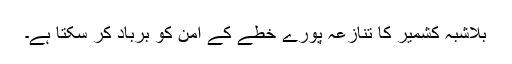
بلاشبہ کشمیر کا تنازعہ پورے خطے کے امن کو برباد کر سکتا ہے۔